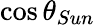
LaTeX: \cos\theta_{Sun}